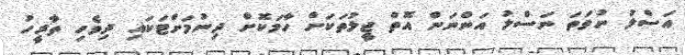
އަސްލު ނުވަތަ ނަސްލު އަންނަން އޮތް ޖީލުތަކަށް ހާމަކޮށް ދިނުމަށްޓަކައި ދިވެހި ތާރީހު